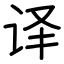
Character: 译